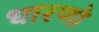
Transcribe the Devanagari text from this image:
धारणो